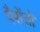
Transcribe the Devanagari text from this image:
पैसेंत्रो